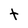
Character: t